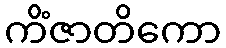
ကိံဇာတိကော